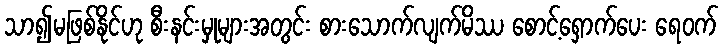
သာ၍မဖြစ်နိုင်ဟု စီးနင်းမှုများအတွင်း စားသောက်လျက်မိဿ စောင့်ရှောက်ပေး ရေဝက်